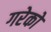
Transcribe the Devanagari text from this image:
गरेको